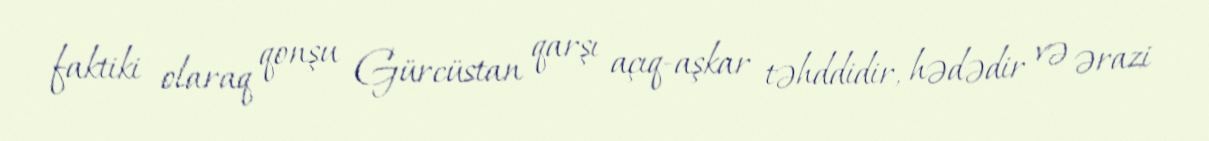
faktiki olaraq qonşu Gürcüstan qarşı açıq-aşkar təhddidir, hədədir və ərazi